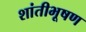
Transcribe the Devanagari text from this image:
शांतीभूषण